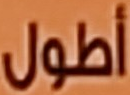
أطول